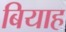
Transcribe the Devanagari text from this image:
बियाह